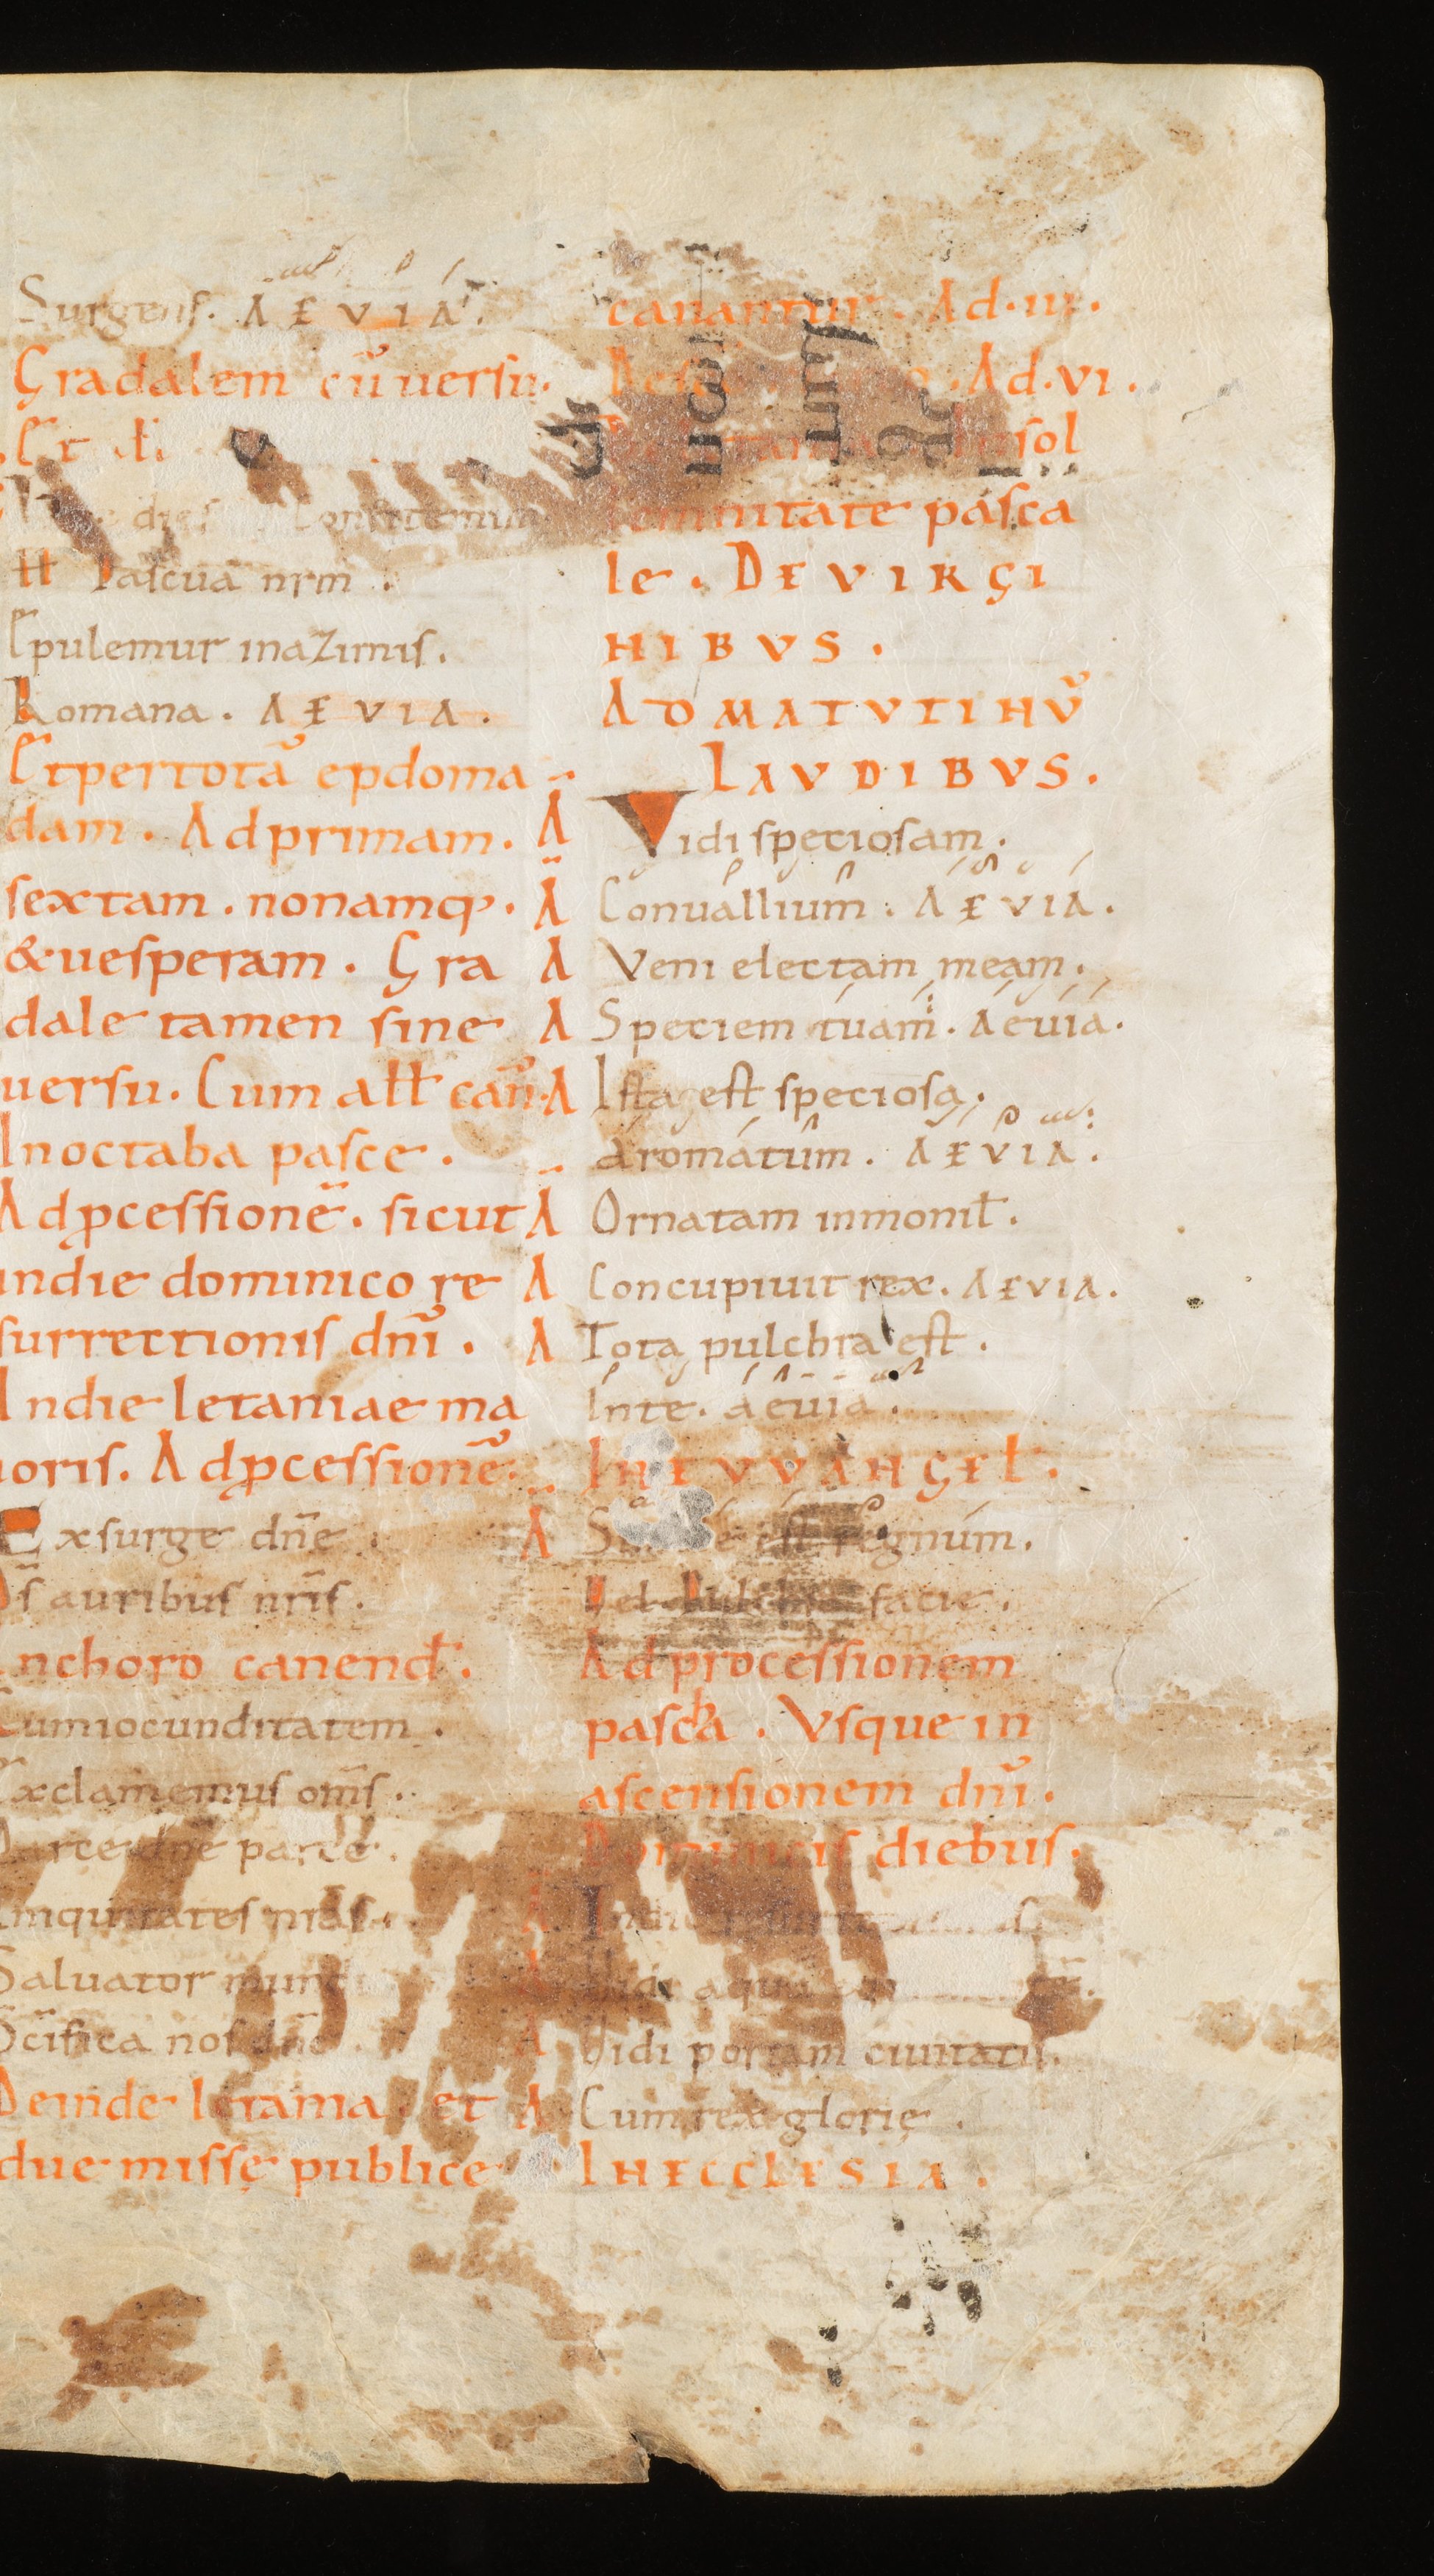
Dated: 800–999